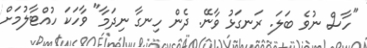
"ހާސް ނުވެ ބަލަ. ރަނގަޅު ވާނޭ. ދެން ހިނގާ ނިދަމާ" ވާހަކަ ހުއްޓާލުމަށް